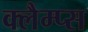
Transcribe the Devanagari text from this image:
क्लैम्प्स